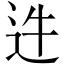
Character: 𨑴